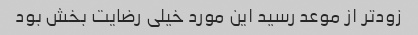
زودتر از موعد رسید این مورد خیلی رضایت بخش بود